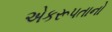
એકરૂપતાનો